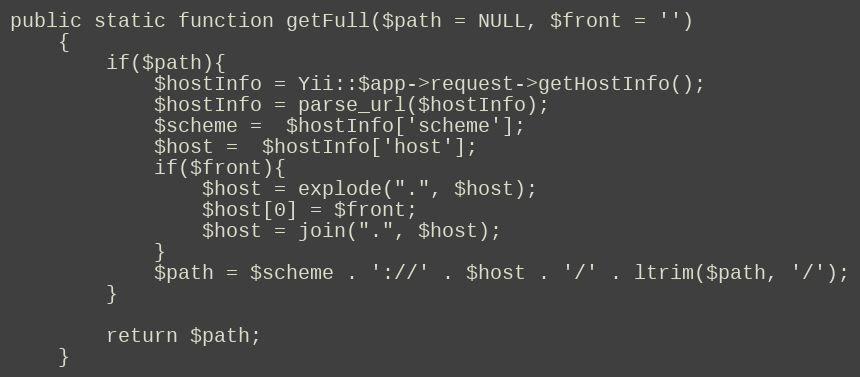
Language: PHP
public static function getFull($path = NULL, $front = '')
    {
        if($path){
            $hostInfo = Yii::$app->request->getHostInfo();
            $hostInfo = parse_url($hostInfo);
            $scheme =  $hostInfo['scheme'];
            $host =  $hostInfo['host'];
            if($front){
                $host = explode(".", $host);
                $host[0] = $front;
                $host = join(".", $host);
            }
            $path = $scheme . '://' . $host . '/' . ltrim($path, '/');
        }

        return $path;
    }